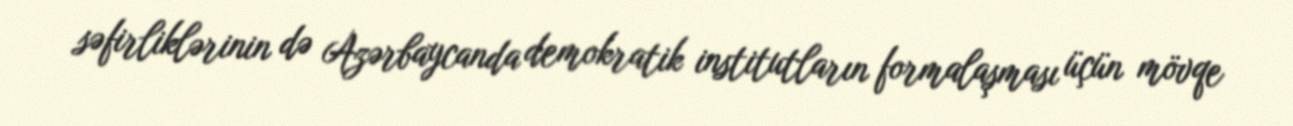
səfirliklərinin də Azərbaycanda demokratik institutların formalaşması üçün mövqe